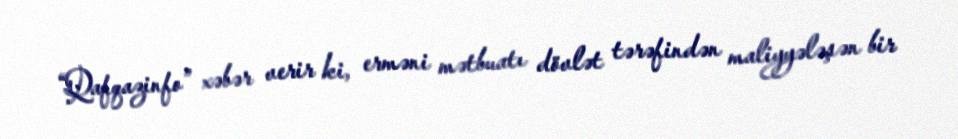
“Qafqazinfo” xəbər verir ki, erməni mətbuatı dövlət tərəfindən maliyyələşən bir